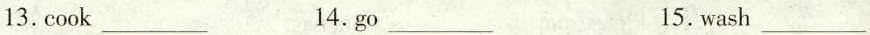
13. cook___ 14. go___ 15. wash___